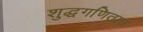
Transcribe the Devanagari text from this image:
शुद्धगणितात